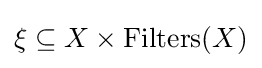
\xi \subseteq X\times \operatorname {Filters} (X)